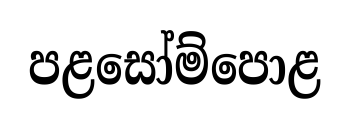
පළසෝම්පොළ